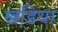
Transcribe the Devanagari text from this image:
खडि़या